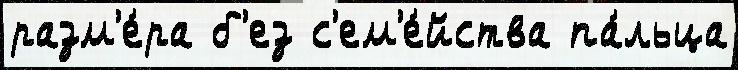
разм'е́ра б'ез с'ем'е́йства па́льца